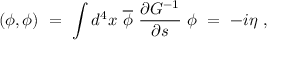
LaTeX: ( \phi , \phi ) \ = \ \int d ^ { 4 } x \ \overline { { \phi } } \ \frac { \partial G ^ { - 1 } } { \partial s } \ \phi \ = \ - i \eta \ ,